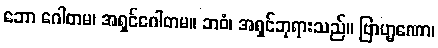
ဘော ဂေါတမ၊ အရှင်ဂေါတမ။ ဘဝံ၊ အရှင်ဘုရားသည်။ ဗြာဟ္မဏော၊